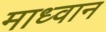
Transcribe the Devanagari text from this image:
माध्वान